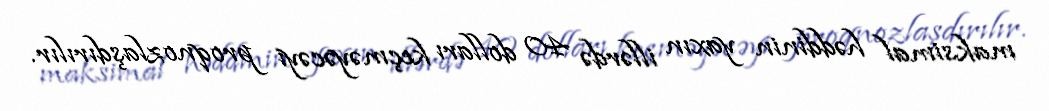
maksimal həddinin yaxın illərdə 40 dolları keçməyəcəyi proqnozlaşdırılır.